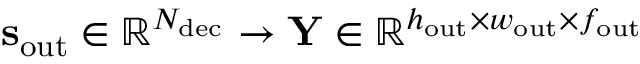
\mathbf { s } _ { \mathrm { o u t } } \in \mathbb { R } ^ { N _ { \mathrm { d e c } } } \to \mathbf { Y } \in \mathbb { R } ^ { h _ { \mathrm { o u t } } \times w _ { \mathrm { o u t } } \times f _ { \mathrm { o u t } } }